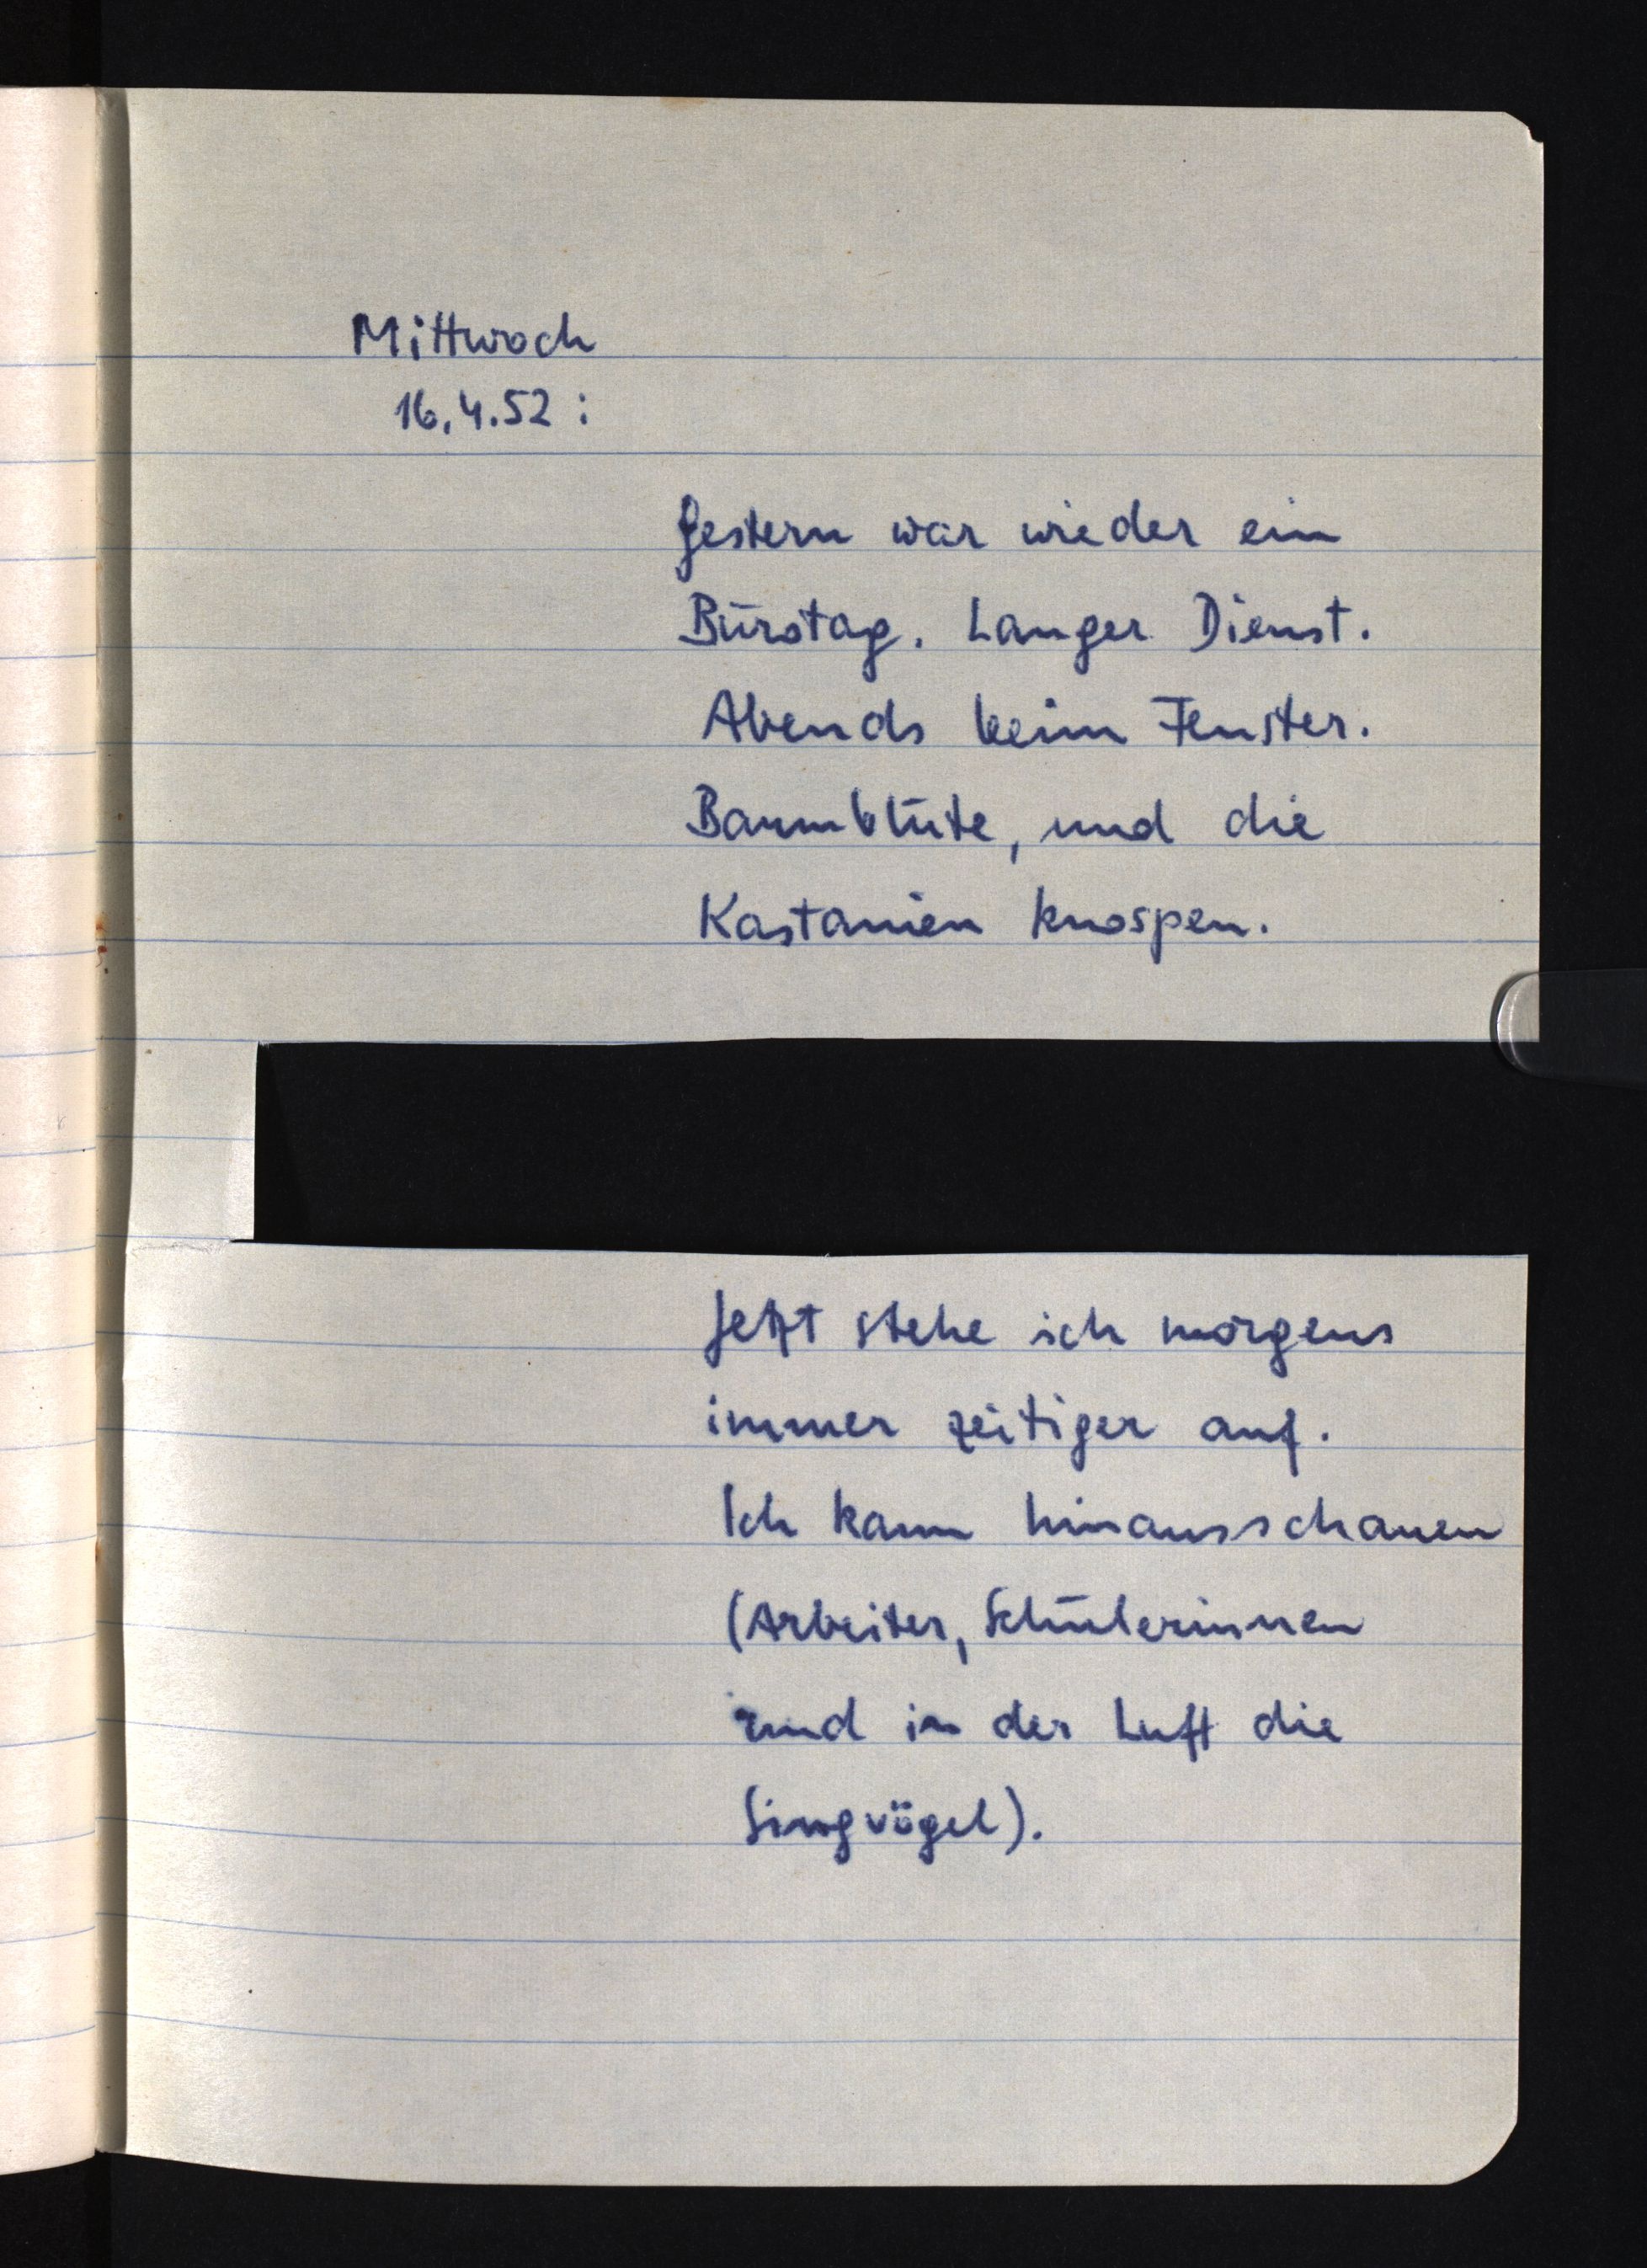
Mittwoch
16.4.52:
Gestern war wieder ein
Bürotag. Langer Dienst.
Abends beim Fenster.
Baumblüte, und die
Kastanien knospen.
Jetzt stehe ich morgens
immer zeitiger auf.
Ich kann hinausschauen
(Arbeiter, Schülerinnen
und in der Luft die
Singvögel).